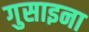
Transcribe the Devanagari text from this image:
गुसाइना